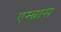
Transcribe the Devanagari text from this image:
एम्ब्रास